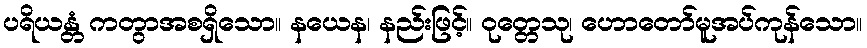
ပရိယန္တံ ကတွာအစရှိသော။ နယေန၊ နည်းဖြင့်။ ဝုတ္တေသု၊ ဟောတော်မူအပ်ကုန်သော။